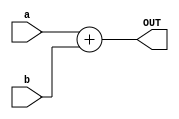
`timescale 1ns / 1ps
//////////////////////////////////////////////////////////////////////////////////
// Company: 
// Engineer: 
// 
// Design Name: 
// Module Name: Adder
// Project Name: 
// Target Devices: 
// Tool Versions: 
// Description: 
// 
// Dependencies: 
// 
// Revision:
// Revision 0.01 - File Created
// Additional Comments:
// 
//////////////////////////////////////////////////////////////////////////////////


module Adder(
    input [63:0] a, b,
    output reg [63:0] OUT
);
always@(*)
    OUT = a + b; // Whenever used add the 2 inputs a and b to the output
endmodule